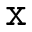
{ \tt x }